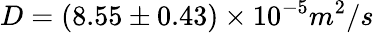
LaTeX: D=(8.55\pm 0.43)\times 10^{-5}m^{2}/s